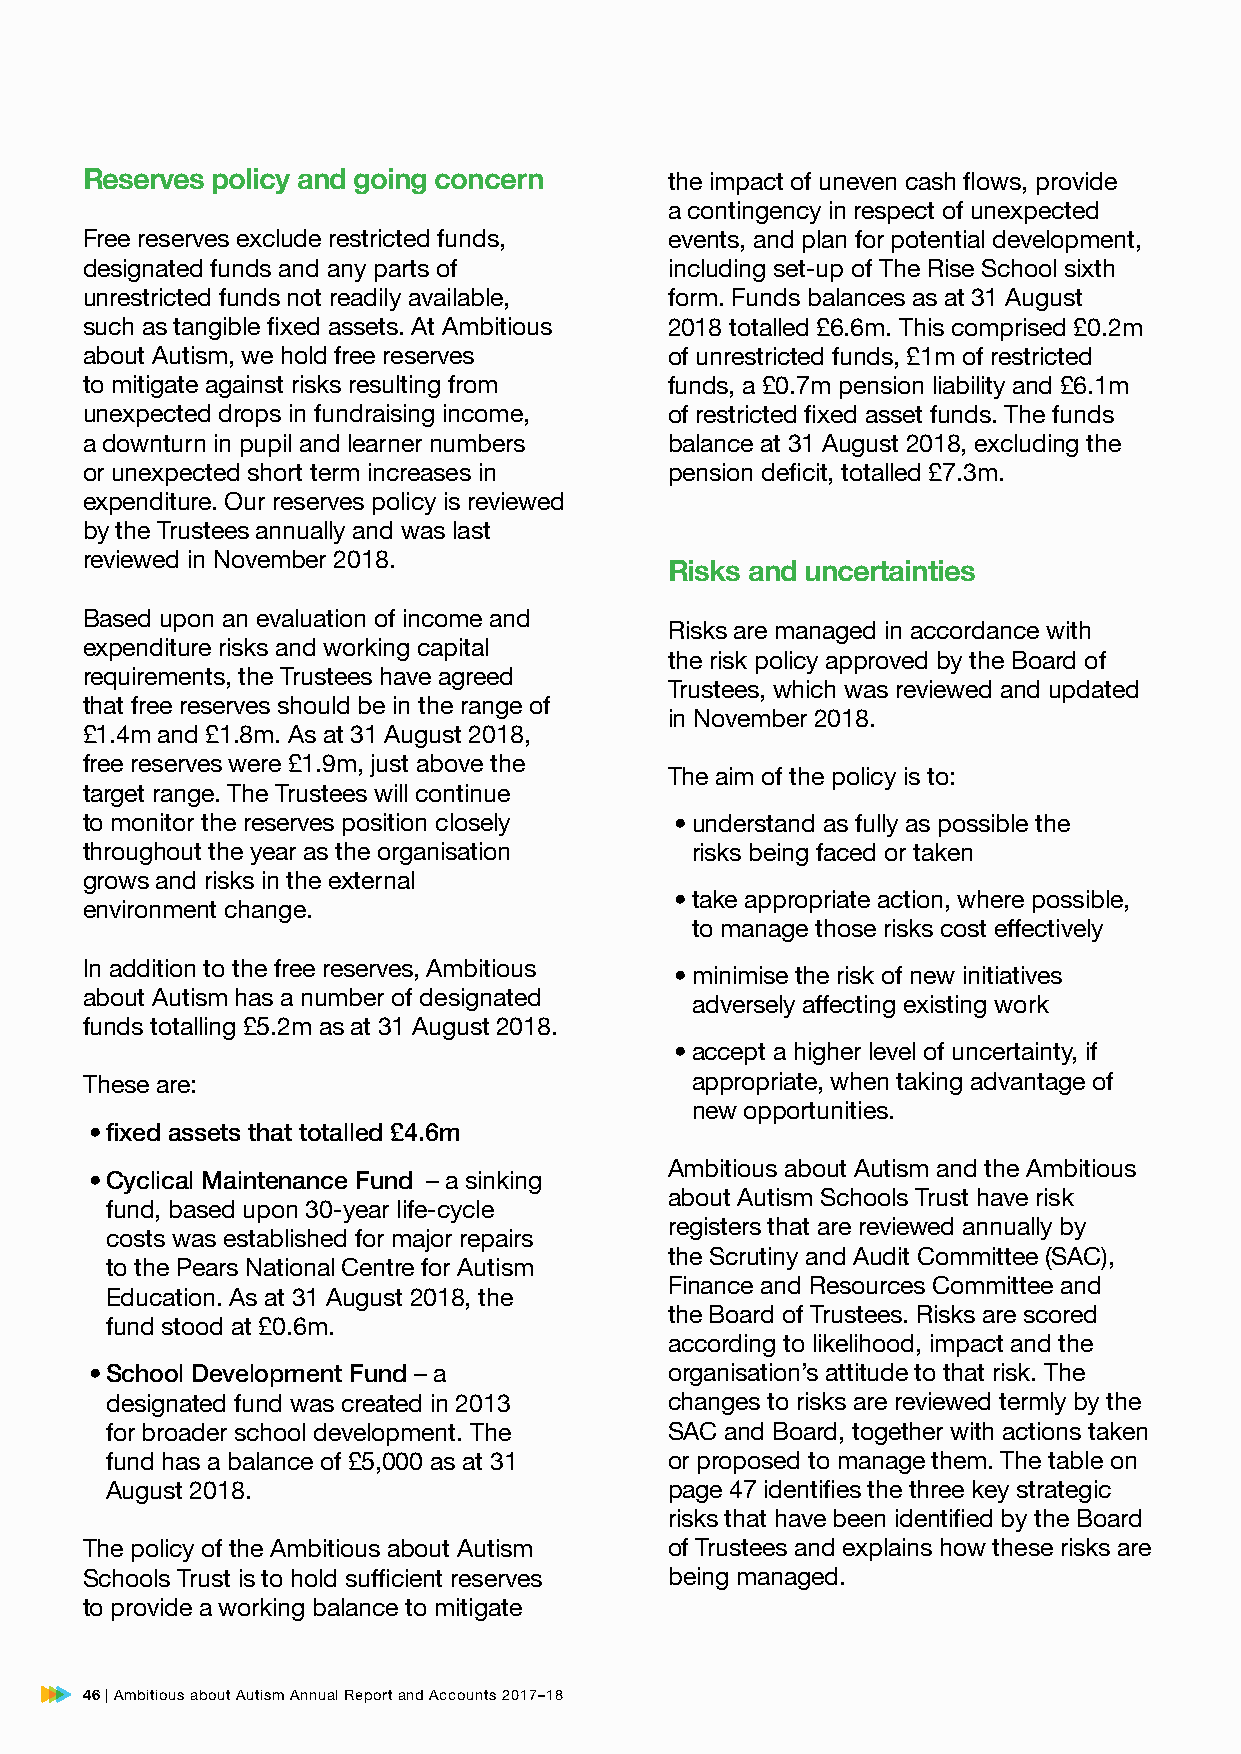
Reserves policy and going concern      the impact of uneven cash flows, provide
 a contingency in respect of unexpected
 Free reserves exclude restricted funds, events, and plan for potential development,
 designated funds and any parts of      including set-up of The Rise School sixth
 unrestricted funds not readily available, form. Funds balances as at 31 August
 such as tangible fixed assets. At Ambitious 2018 totalled £6.6m. This comprised £0.2m
 about Autism, we hold free reserves    of unrestricted funds, £1m of restricted
 to mitigate against risks resulting from funds, a £0.7m pension liability and £6.1m
 unexpected drops in fundraising income, of restricted fixed asset funds. The funds
 a downturn in pupil and learner numbers balance at 31 August 2018, excluding the
 or unexpected short term increases in  pension deficit, totalled £7.3m.
 expenditure. Our reserves policy is reviewed
 by the Trustees annually and was last
 reviewed in November 2018.
 Risks and uncertainties
 Based upon an evaluation of income and
 Risks are managed in accordance with
 expenditure risks and working capital
 the risk policy approved by the Board of
 requirements, the Trustees have agreed
 Trustees, which was reviewed and updated
 that free reserves should be in the range of
 in November 2018.
 £1.4m and £1.8m. As at 31 August 2018,
 free reserves were £1.9m, just above the
 The aim of the policy is to:
 target range. The Trustees will continue
 to monitor the reserves position closely • understand as fully as possible the
 throughout the year as the organisation  risks being faced or taken
 grows and risks in the external
 • take appropriate action, where possible,
 environment change.
 to manage those risks cost effectively
 In addition to the free reserves, Ambitious • minimise the risk of new initiatives
 about Autism has a number of designated
 adversely affecting existing work
 funds totalling £5.2m as at 31 August 2018.
 • accept a higher level of uncertainty, if
 These are:                               appropriate, when taking advantage of
 new opportunities.
 • fixed assets that totalled £4.6m
 Ambitious about Autism and the Ambitious
 • Cyclical Maintenance Fund – a sinking
 about Autism Schools Trust have risk
 fund, based upon 30-year life-cycle
 registers that are reviewed annually by
 costs was established for major repairs
 the Scrutiny and Audit Committee (SAC),
 to the Pears National Centre for Autism
 Finance and Resources Committee and
 Education. As at 31 August 2018, the
 the Board of Trustees. Risks are scored
 fund stood at £0.6m.
 according to likelihood, impact and the
 • School Development Fund – a         organisation’s attitude to that risk. The
 designated fund was created in 2013  changes to risks are reviewed termly by the
 for broader school development. The  SAC and Board, together with actions taken
 fund has a balance of £5,000 as at 31 or proposed to manage them. The table on
 August 2018.                         page 47 identifies the three key strategic
 risks that have been identified by the Board
 The policy of the Ambitious about Autism of Trustees and explains how these risks are
 Schools Trust is to hold sufficient reserves being managed.
 to provide a working balance to mitigate
 46 | Ambitious about Autism Annual Report and Accounts 2017–18